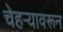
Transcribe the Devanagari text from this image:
चेहऱ्यावरून